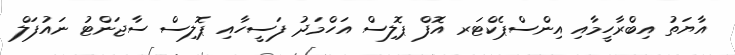
އާޔަތު އިބްރާހީމާއި އިންސްޕެކްޓަރ އޮފް ޕޮލިސް އަހްމަދު ފަސީހާއި ޕޮލިސް ސާޖަންޓު ނައުފަލް